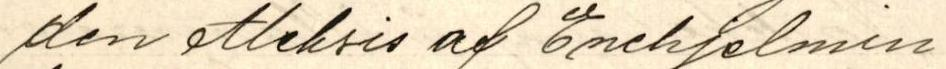
den Aleksis af Enehjelmin